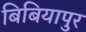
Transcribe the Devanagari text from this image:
बिबियापुर